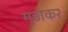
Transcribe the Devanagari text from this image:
मुड़ाकर